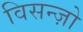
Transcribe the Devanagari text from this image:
विसन्ज़ो